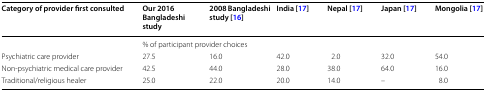
<table><thead><tr><td><b>Category of provider first consulted</b></td><td><b>Our 2016 Bangladeshi study</b></td><td><b>2008 Bangladeshi study [16]</b></td><td><b>India [17]</b></td><td><b>Nepal [17]</b></td><td><b>Japan [17]</b></td><td><b>Mongolia [17]</b></td></tr></thead><tbody><tr><td></td><td colspan="6">% of participant provider choices</td></tr><tr><td>Psychiatric care provider</td><td>27.5</td><td>16.0</td><td>42.0</td><td>2.0</td><td>32.0</td><td>54.0</td></tr><tr><td>Non-psychiatric medical care provider</td><td>42.5</td><td>44.0</td><td>28.0</td><td>38.0</td><td>64.0</td><td>16.0</td></tr><tr><td>Traditional/religious healer</td><td>25.0</td><td>22.0</td><td>20.0</td><td>14.0</td><td>–</td><td>8.0</td></tr></tbody></table>